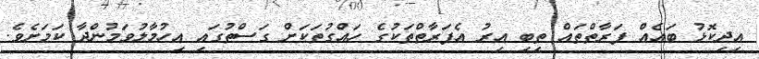
އިދިކޮޅު ބައެއް ފަރާތްތައް ތިބި އިރު އެފަރާތްތަކުގެ ހައްގުތަކަށް ގަސްތުގައި އިހުމާލުވަމުންދާ ކަމަށެވެ.